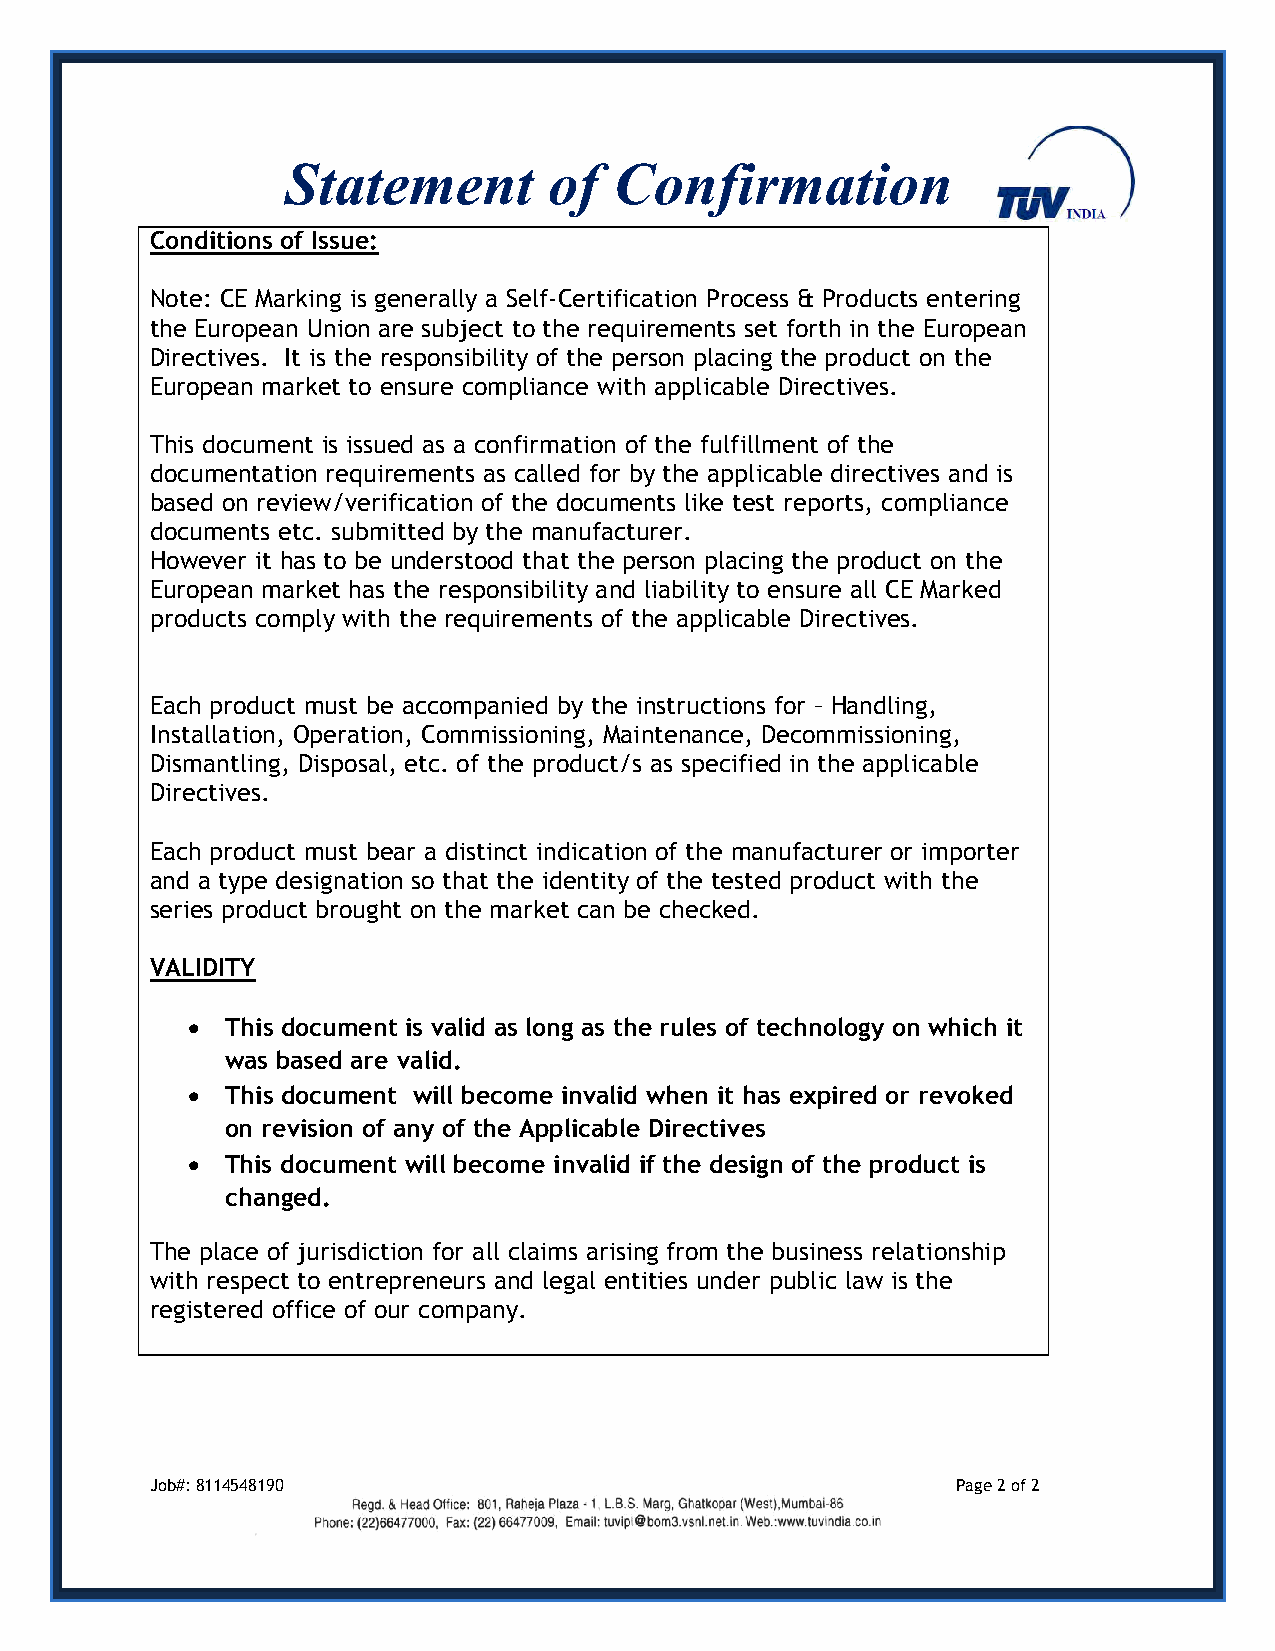
Statement        of   Confirmation
 Conditions of Issue:
 Note: CE Marking is generally a Self-Certification Process & Products entering
 the European Union are subject to the requirements set forth in the European
 Directives. It is the responsibility of the person placing the product on the
 European market to ensure compliance with applicable Directives.
 This document is issued as a confirmation of the fulfillment of the
 documentation requirements as called for by the applicable directives and is
 based on review/verification of the documents like test reports, compliance
 documents etc. submitted by the manufacturer.
 However it has to be understood that the person placing the product on the
 European market has the responsibility and liability to ensure all CE Marked
 products comply with the requirements of the applicable Directives.
 Each product must be accompanied by the instructions for – Handling,
 Installation, Operation, Commissioning, Maintenance, Decommissioning,
 Dismantling, Disposal, etc. of the product/s as specified in the applicable
 Directives.
 Each product must bear a distinct indication of the manufacturer or importer
 and a type designation so that the identity of the tested product with the
 series product brought on the market can be checked.
 VALIDITY
   This document is valid as long as the rules of technology on which it
 was based are valid.
   This document will become invalid when it has expired or revoked
 on revision of any of the Applicable Directives
   This document will become invalid if the design of the product is
 changed.
 The place of jurisdiction for all claims arising from the business relationship
 with respect to entrepreneurs and legal entities under public law is the
 registered office of our company.
 Job#: 8114548190                                     Page 2 of 2